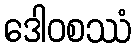
ဒေါဝစဿံ